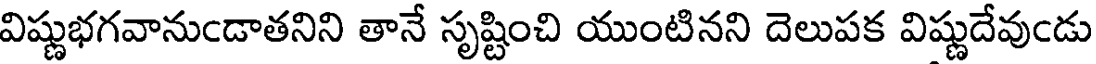
విష్ణుభగవానుఁడాతనిని తానే సృష్టించి యుంటినని దెలుపక విష్ణుదేవుఁడు